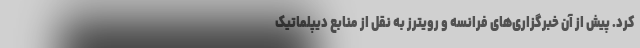
کرد. پیش از آن خبرگزاری‌های فرانسه و رویترز به نقل از منابع دیپلماتیک